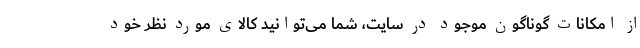
از امکانات گوناگون موجود در سایت، شما می‌توانید کالای مورد نظر خود